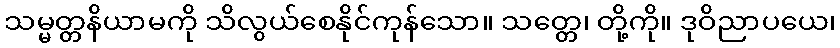
သမ္မတ္တနိယာမကို သိလွယ်စေနိုင်ကုန်သော။ သတ္တေ၊ တို့ကို။ ဒုဝိညာပယေ၊